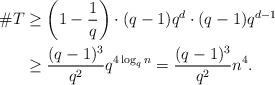
LaTeX: \begin{align*}\# T & \geq \left(1-\frac{1}{q} \right) \cdot (q-1)q^d \cdot (q-1)q^{d-1} \\& \geq \frac{(q-1)^3}{q^2} q^{4 \log_q n } = \frac{(q-1)^3}{q^2} n^4. \end{align*}